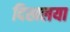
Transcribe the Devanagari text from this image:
दिखलया